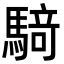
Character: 𮪍